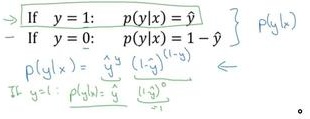
\[
\begin{align*}
&\text{If }y = 1: \quad p(y|x)=\hat{y}\\
&\text{If }y = 0: \quad p(y|x)=1 - \hat{y}\\
&p(y|x)=\hat{y}^y(1 - \hat{y})^{(1 - y)}\\
&\text{If }y = 1: \quad p(y|x)=\hat{y}\frac{(1 - \hat{y})^0}{(1 - \hat{y})^0}
\end{align*}
\]